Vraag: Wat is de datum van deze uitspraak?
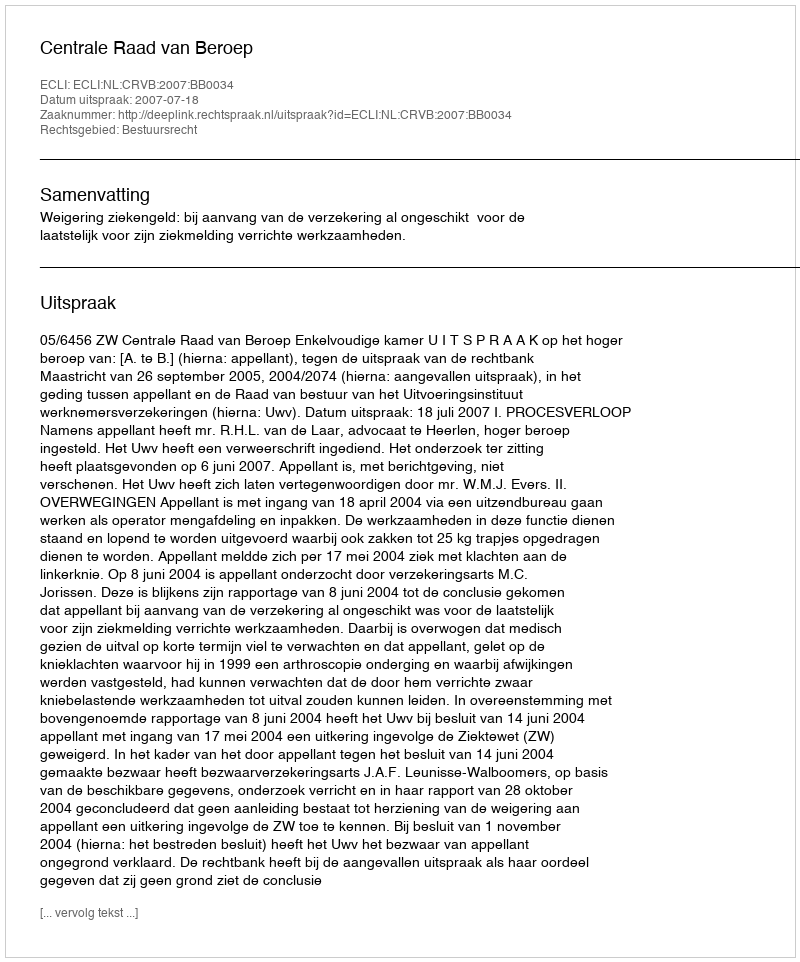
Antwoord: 2007-07-18